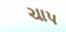
ચાપ